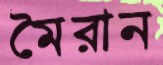
মৈরান